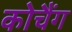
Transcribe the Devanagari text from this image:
कोचैंग